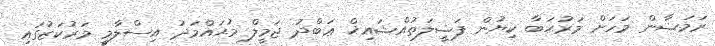
ރަމަޟާން މަހަށް މަރުޙަބާ ކިޔުން ފަޟީލަތުއްޝައިޚް ޢަބްދު ޖަމީލް މުޙައްމަދު އިސްލާމީ މަރުކަޒުގައި